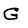
Character: G